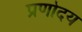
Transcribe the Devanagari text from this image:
प्रणोदय